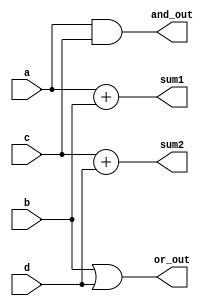
module overlapping_groups (
    input wire [3:0] a,       // Input A
    input wire [3:0] b,       // Input B
    input wire [3:0] c,       // Input C (overlapping input)
    input wire [3:0] d,       // Input D (overlapping input)
    output wire [4:0] sum1,   // Sum output from Group 1
    output wire [4:0] sum2,   // Sum output from Group 2
    output wire [3:0] and_out, // AND output from Group 1
    output wire [3:0] or_out   // OR output from Group 2
);

// Group 1: Handles addition of A and B, AND operation on A and C
wire [4:0] add_result1;
assign add_result1 = a + b; // Addition
assign and_out = a & c;      // AND operation

// Group 2: Handles addition of C and D, OR operation on B and D
wire [4:0] add_result2;
assign add_result2 = c + d; // Addition
assign or_out = b | d;      // OR operation

// Output assignments
assign sum1 = add_result1;   // Output from Group 1
assign sum2 = add_result2;   // Output from Group 2

endmodule